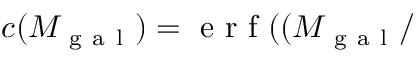
c ( M _ { \mathrm { ~ g ~ a ~ l ~ } } ) = \mathrm { ~ e ~ r ~ f ~ } ( ( M _ { \mathrm { ~ g ~ a ~ l ~ } } /